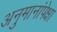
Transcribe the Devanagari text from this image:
अनुमानांपेक्षा